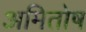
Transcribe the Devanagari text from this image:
अमितोष